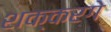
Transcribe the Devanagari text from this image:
शक्करगे